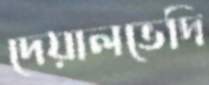
দেয়ালভেদি